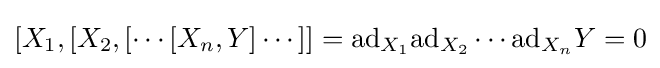
[X_{1},[X_{2},[\cdots [X_{n},Y]\cdots ]]=\mathrm {ad} _{X_{1}}\mathrm {ad} _{X_{2}}\cdots \mathrm {ad} _{X_{n}}Y=0